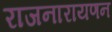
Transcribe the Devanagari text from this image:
राजनारायणन